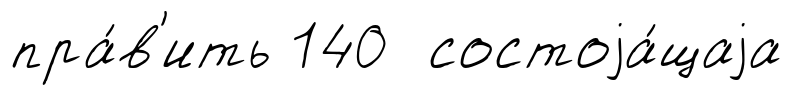
пра́в'ить 140 состоjа́щаjа